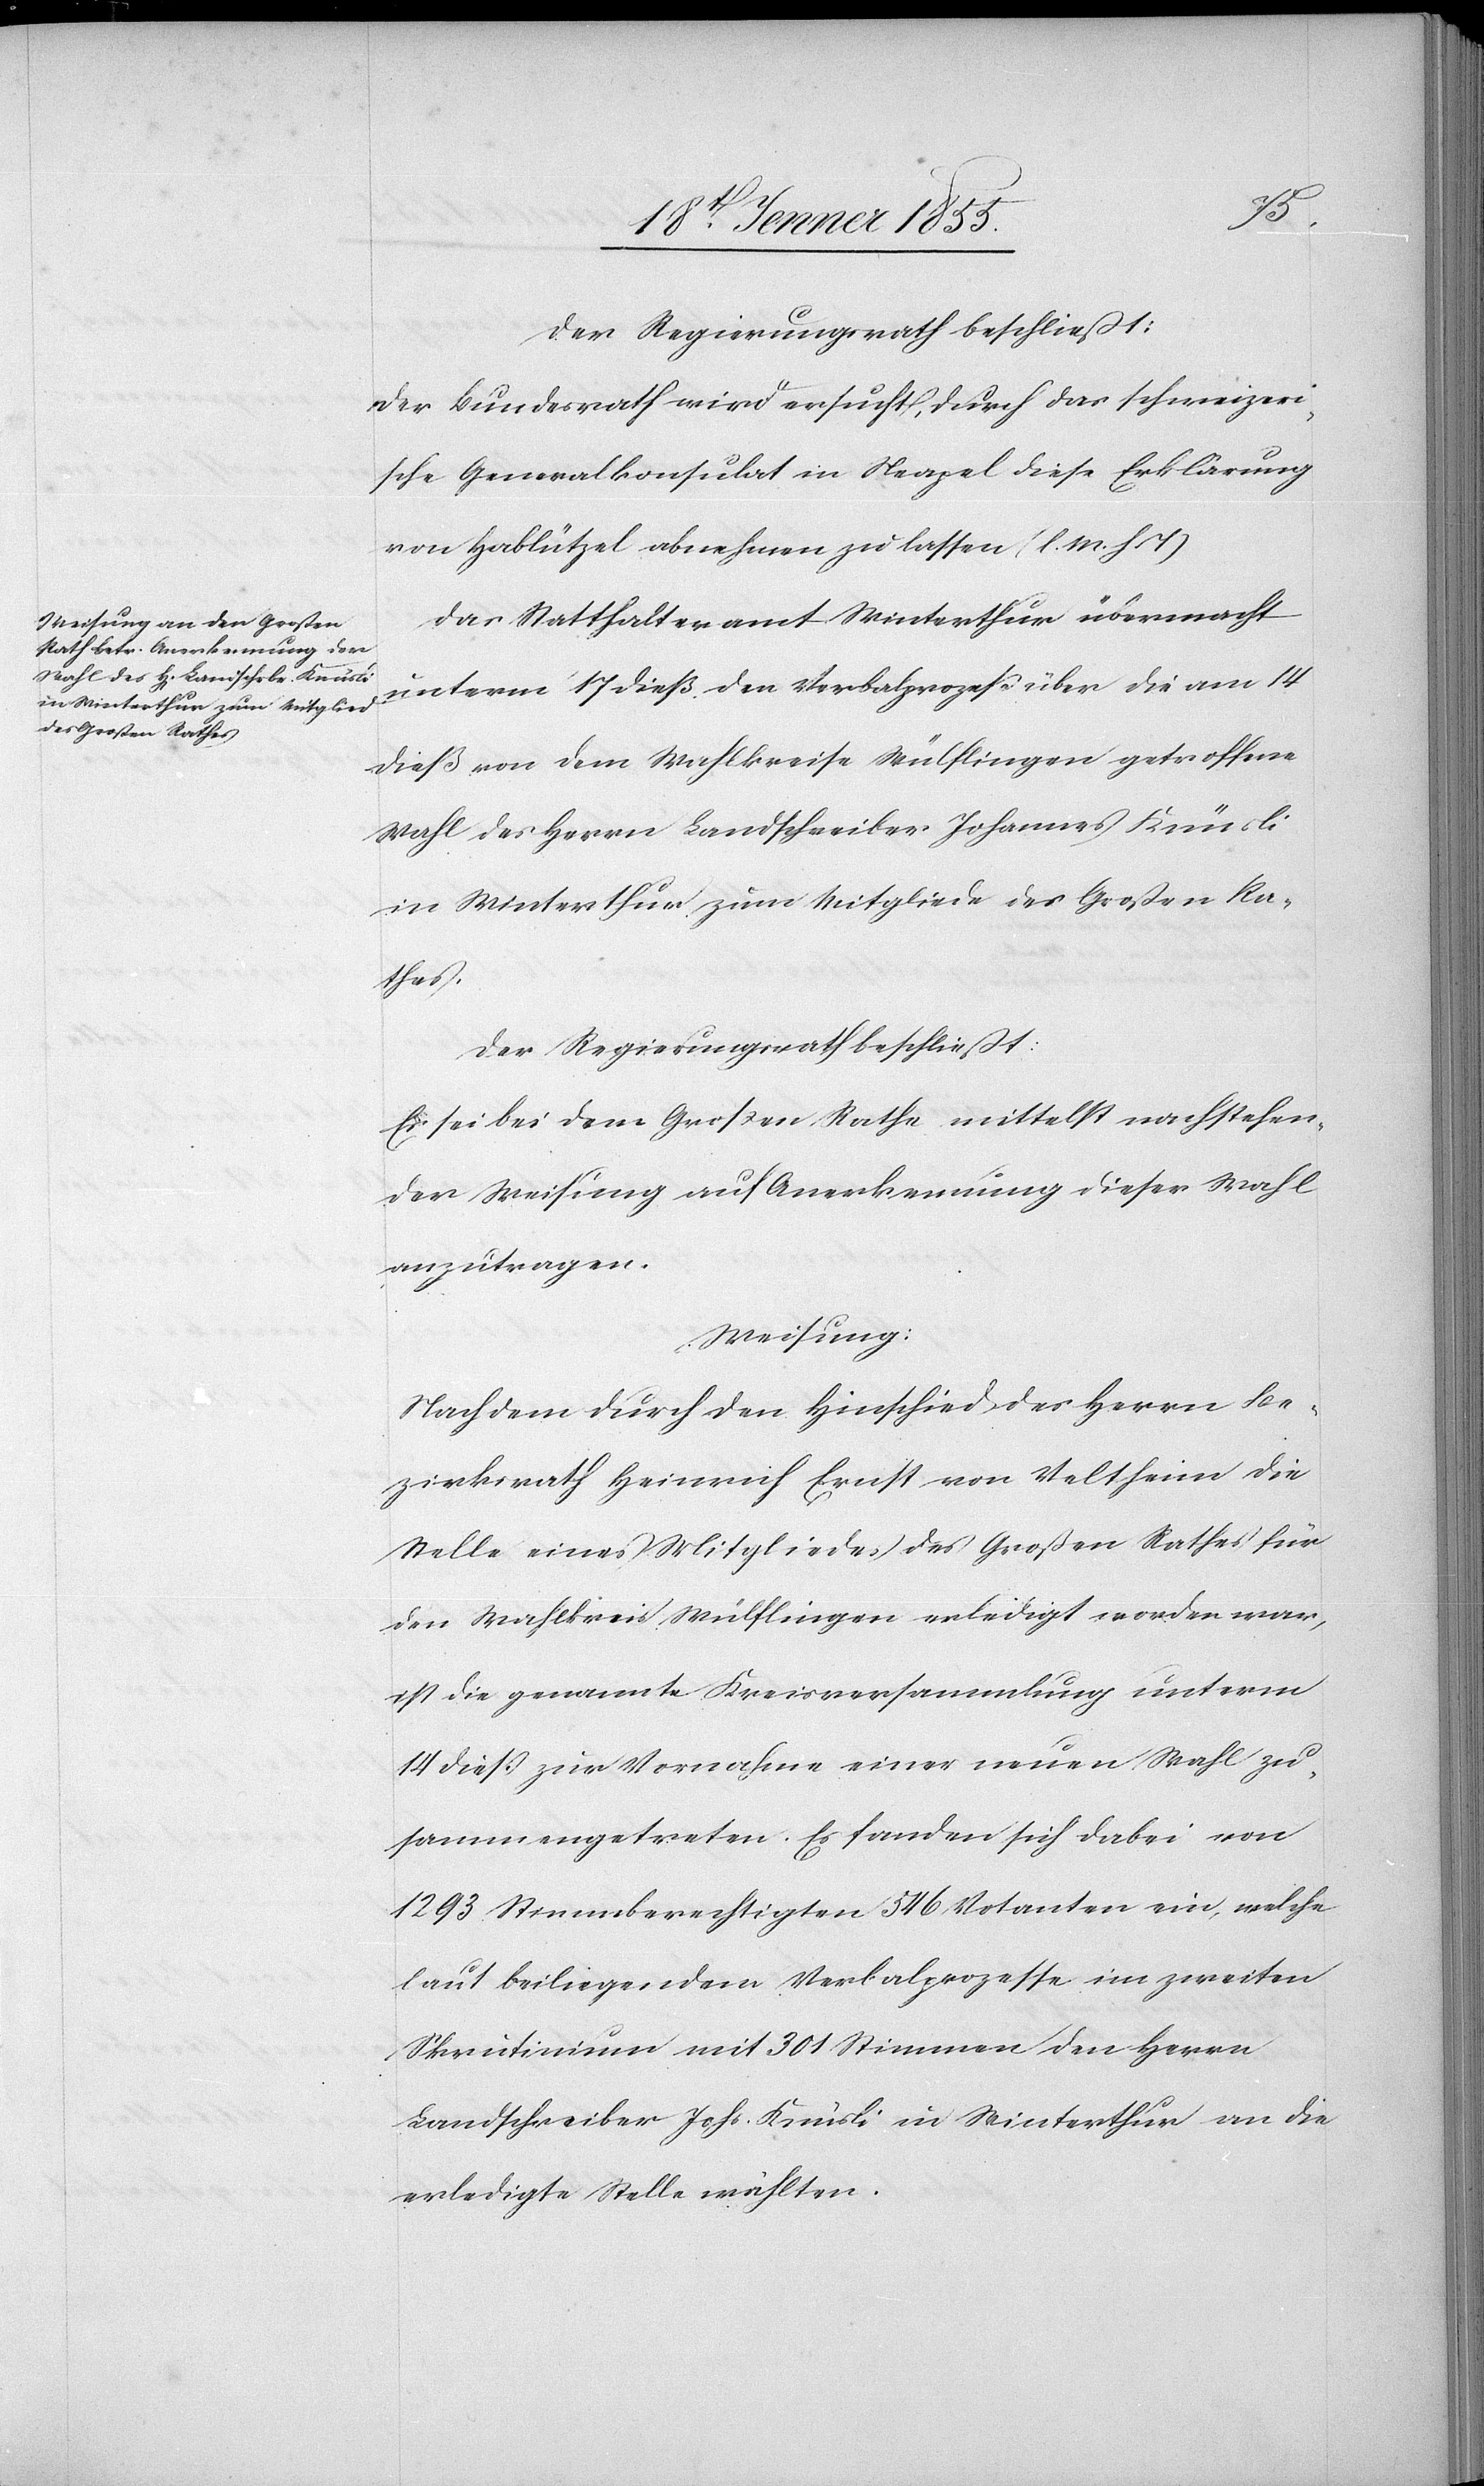
Der Regierungsrath beschließt:
Der Bundesrath wird ersucht, durch das schweizeri¬
sche Generalkonsulat in Neapel diese Erklärung
von Hablützel abnehmen zu lassen (l. M. h T)[.]
Das Statthalteramt Winterthur übermacht
unterm 17 dieß den Verbalprozeß über die am 14
dieß von dem Wahlkreise Wülflingen getroffene
Wahl des Herrn Landschreiber Johannes Knüsli
in Winterthur zum Mitgliede des Großen Ra¬
thes.
Der Regierungsrath beschließt:
Es sei bei dem Großen Rathe mittelst nachstehen¬
der Weisung auf Anerkennung dieser Wahl
anzutragen.
Weisung:
Nachdem durch den Hinschied des Herrn Be¬
zirksrath Heinrich Ernst von Veltheim die
Stelle eines Mitgliedes des Großen Rathes für
den Wahlkreis Wülflingen erledigt worden war,
ist die genannte Kreisversammlung unterm
14 dieß zur Vornahme einer neuen Wahl zu¬
sammengetreten. Es fanden sich dabei von
1293 Stimmberechtigten 546 Votanten ein, welche
laut beiliegendem Verbalprozesse im zweiten
Skrutinium mit 301 Stimmen den Herrn
Landschreiber Johs. Knüsli in Winterthur an die
erledigte Stelle wählten.